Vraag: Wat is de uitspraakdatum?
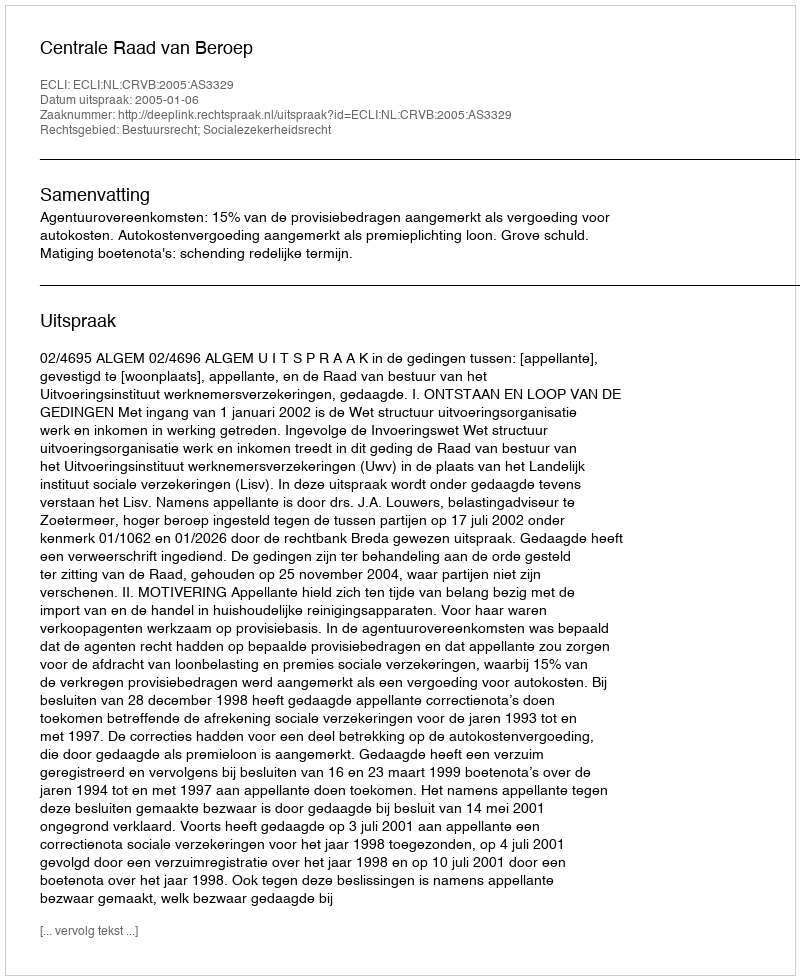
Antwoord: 2005-01-06